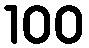
100